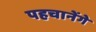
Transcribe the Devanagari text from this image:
पहचानेंगे